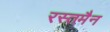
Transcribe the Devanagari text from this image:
रस्तमैन